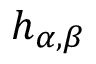
h _ { \alpha , \beta }